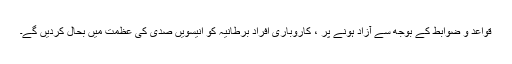
قواعد و ضوابط کے بوجھ سے آزاد ہونے پر ، کاروباری افراد برطانیہ کو انیسویں صدی کی عظمت میں بحال کردیں گے۔